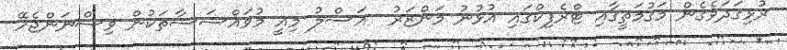
ރުޅިގަދަވެގެން މަގުމަތީގާއި ޓްރެފިކްގައި އުޅުނު މަންޒަރު  އަސްލު މިއީ މުވައްސަސާތަކުން ވިސްނަންޖެހޭ